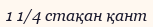
1 1/4 стақан қант